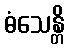
ဓံသေန္တိ